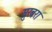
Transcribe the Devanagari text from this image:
सुरबरा